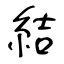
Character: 結